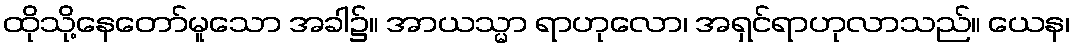
ထိုသို့နေတော်မူသော အခါ၌။ အာယသ္မာ ရာဟုလော၊ အရှင်ရာဟုလာသည်။ ယေန၊